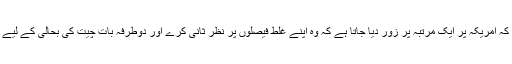
بیان میں مزید کہا گیا ہے کہ امریکہ پر ایک مرتبہ پر زور دیا جاتا ہے کہ وہ اپنے غلط فیصلوں پر نظر ثانی کرے اور دوطرفہ بات چیت کی بحالی کے لیے ضروری اقدامات اٹھائے۔